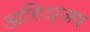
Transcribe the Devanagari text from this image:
अरिञ्जय